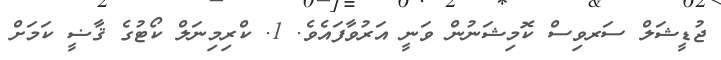
ޖުޑީޝަލް ސަރވިސް ކޮމިޝަނުން ވަނީ އަރުވާފައެވެ. 1. ކްރިމިނަލް ކޯޓުގެ ޤާޟީ ކަމަށް